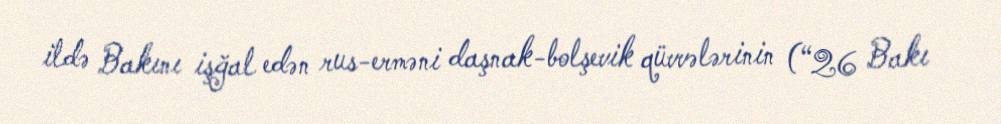
ildə Bakını işğal edən rus-erməni daşnak-bolşevik qüvvələrinin (“26 Bakı